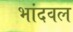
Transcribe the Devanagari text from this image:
भांदवल